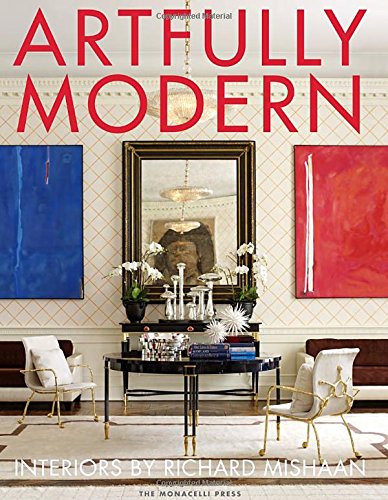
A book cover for Artfully Modern: Interiors by Richard Mishaan; Richard Mishaan; Arts & Photography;